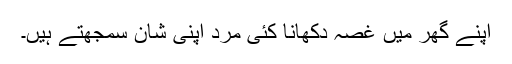
اپنے گھر میں غصہ دکھانا کئی مرد اپنی شان سمجھتے ہیں۔